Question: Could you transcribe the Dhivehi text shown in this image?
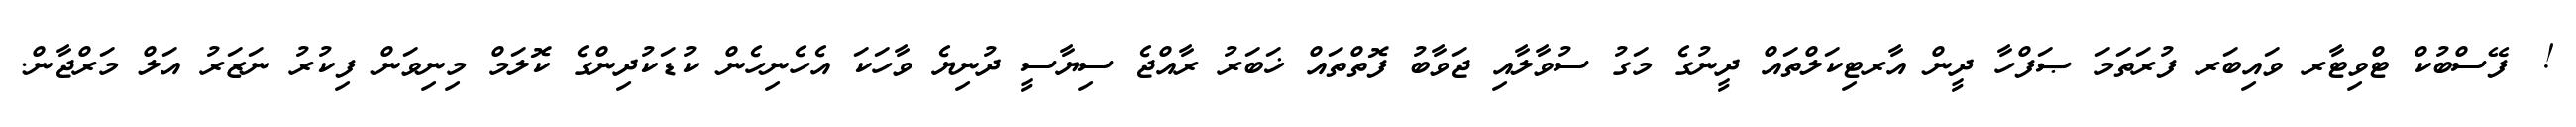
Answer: !? ފޭސްބުކް ޓްވިޓާރ ވައިބަރ ފުރަތަމަ ޞަފްހާ ދީން އާރޓިކަލްތައް ދީނުގެ މަގު ސުވާލާއި ޖަވާބު ފޮތްތައް ޚަބަރު ރާއްޖެ ސިޔާސީ ދުނިޔެ ވާހަކަ އެހެނިހެން ކުޑަކުދިންގެ ކޮލަމް މިނިވަން ފިކުރު ނަޒަރު އަލް މަރްޖާން.